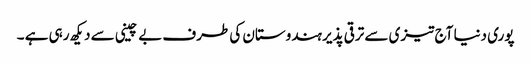
پوری دنیا آج تیزی سے ترقی پذیر ہندوستان کی طرف بے چینی سے دیکھ رہی ہے ۔